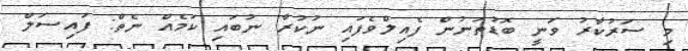
މި ސަރުކާރު ވަނީ ބޮޑުތަނުން ފެއިލްވެފައި ނުކުރާ ނުބައި ކަމެއް ނެތް: ފައިސަލް